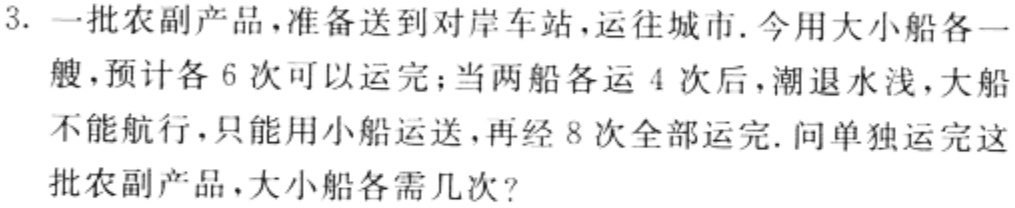
3. 一批农副产品，准备送到对岸车站，运往城市. 今用大小船各一艘，预计各6次可以运完；当两船各运4次后，潮退水浅，大船不能航行，只能用小船运送，再经8次全部运完. 问单独运完这批农副产品，大小船各需几次？